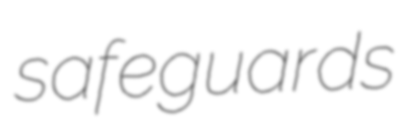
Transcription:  safeguards